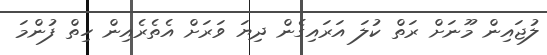
ލުޖައިން މޫނަށް ރަތް ކުލަ އަރައިގެން ދިޔަ ވަރަށް އެތެރެއިން ހިތް ފުންމަ